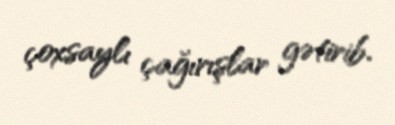
çoxsaylı çağırışlar gətirib.